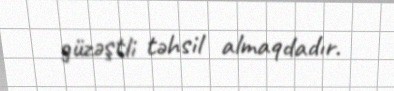
güzəştli təhsil almaqdadır.